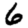
Digit: 6